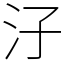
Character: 汓